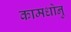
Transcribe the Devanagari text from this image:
कामधोनु